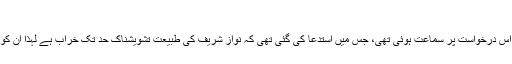
لاہور ہائی کورٹ میں سماعت
قبل ازیں لاہور ہائیکورٹ میں شہباز شریف کی اس درخواست پر سماعت ہوئی تھی، جس میں استدعا کی گئی تھی کہ نواز شریف کی طبیعت تشویشناک حد تک خراب ہے لہٰذا ان کو رہائی دی جائے تاکہ ان کا مکل علاج ہوسکے۔